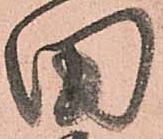
田